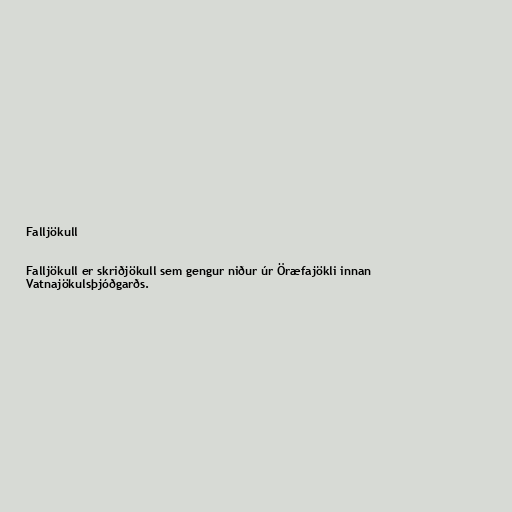
Falljökull

Falljökull er skriðjökull sem gengur niður úr Öræfajökli innan
Vatnajökulsþjóðgarðs.